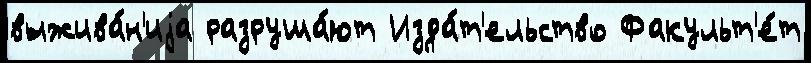
выжива́н'иjа разруша́ют Изда́т'ельство Факульт'е́т